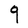
Character: q